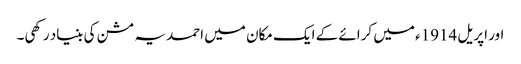
اور اپریل 1914ء میں کرائے کے ایک مکان میں احمدیہ مشن کی بنیاد رکھی۔